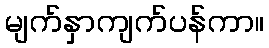
မျက်နှာကျက်ပန်ကာ။